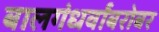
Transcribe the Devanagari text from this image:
बालगंधर्वांबरोबर